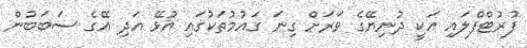
ފުރުޓްފްލައި އަކީ ދުނިޔޭގެ ވަރަށް ގިނަ ގައުމުތަކުގައި އުޅޭ އަދި އޭގެ ސަބަބުން